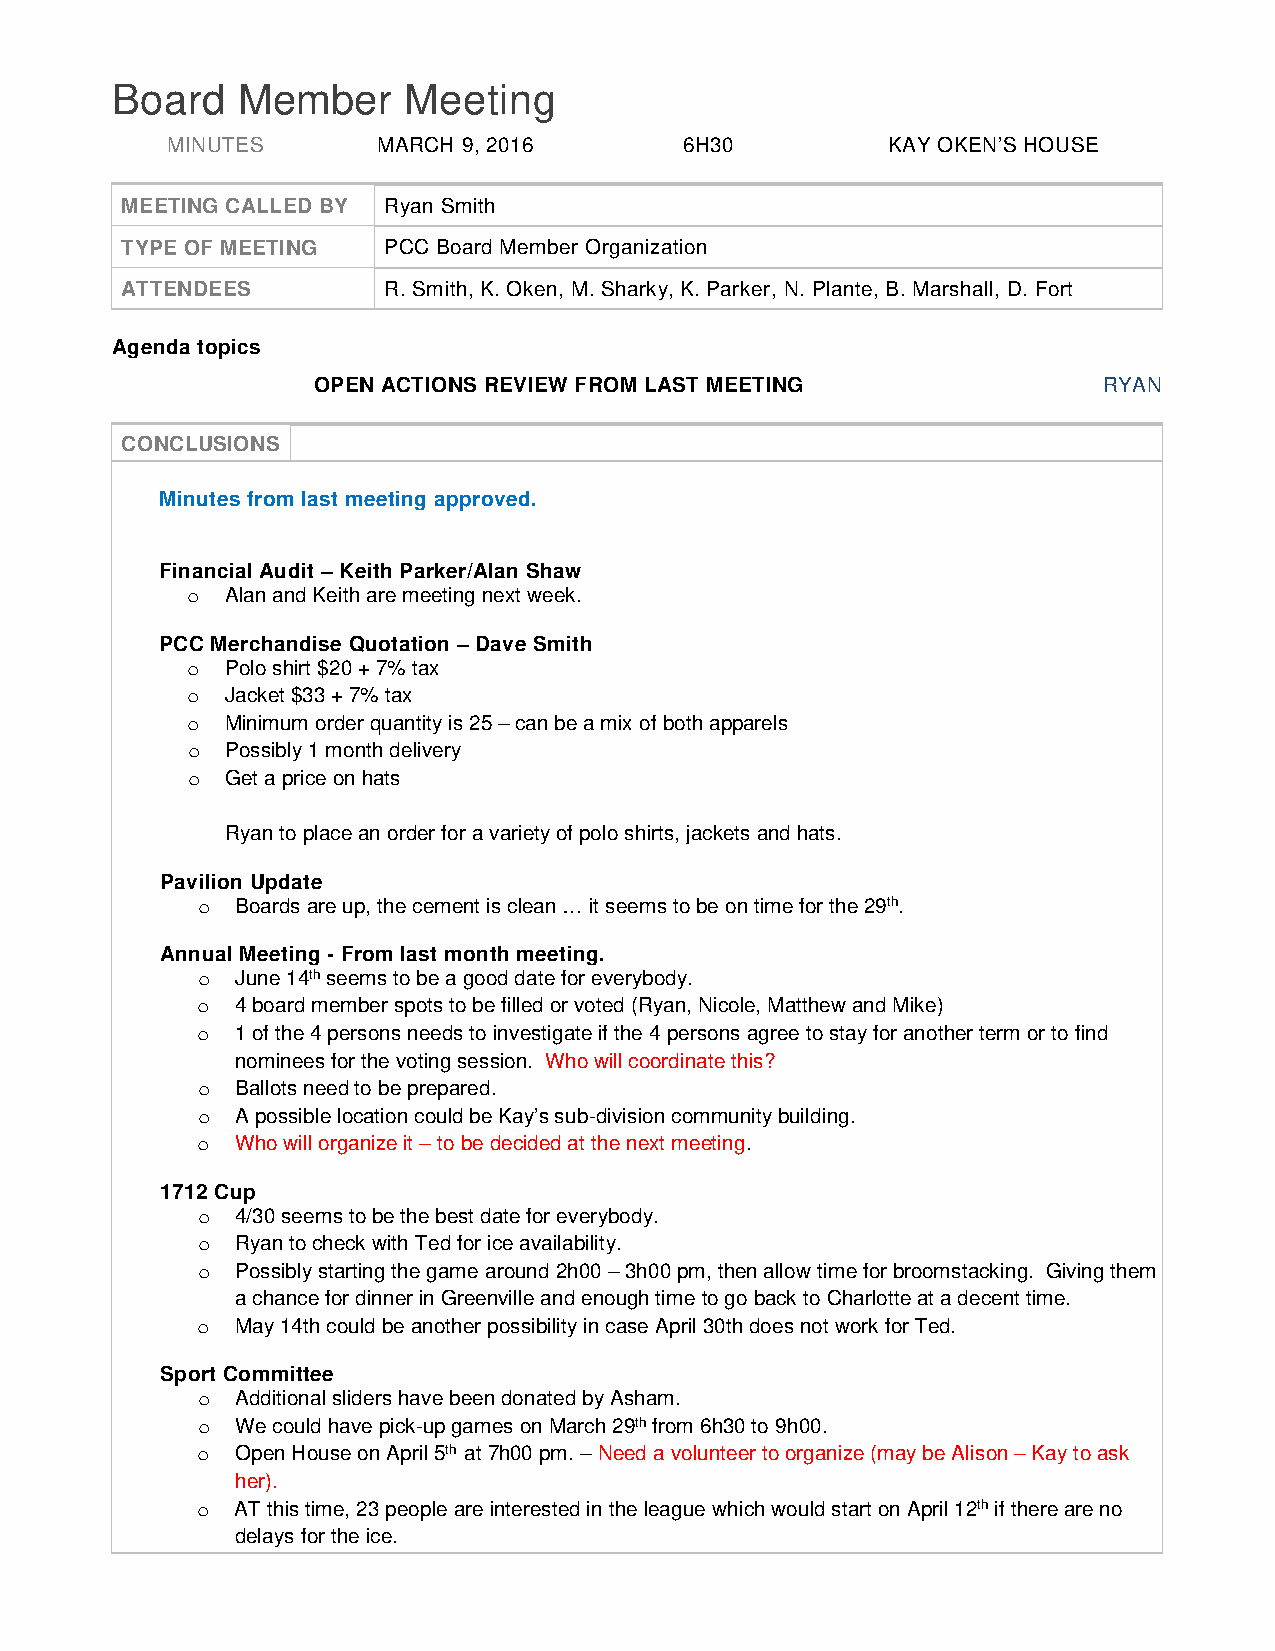
Board    Member     Meeting
 MINUTES       MARCH 9, 2016       6H30          KAY OKEN’S HOUSE
 MEETING CALLED BY Ryan Smith
 TYPE OF MEETING  PCC Board Member Organization
 ATTENDEES        R. Smith, K. Oken, M. Sharky, K. Parker, N. Plante, B. Marshall, D. Fort
 Agenda topics
 OPEN ACTIONS REVIEW FROM LAST MEETING               RYAN
 CONCLUSIONS
 Minutes from last meeting approved.
 Financial Audit – Keith Parker/Alan Shaw
 o  Alan and Keith are meeting next week.
 PCC Merchandise Quotation – Dave Smith
 o  Polo shirt $20 + 7% tax
 o  Jacket $33 + 7% tax
 o  Minimum order quantity is 25 – can be a mix of both apparels
 o  Possibly 1 month delivery
 o  Get a price on hats
 Ryan to place an order for a variety of polo shirts, jackets and hats.
 Pavilion Update
 o  Boards are up, the cement is clean … it seems to be on time for the 29th.
 Annual Meeting - From last month meeting.
 o  June 14th seems to be a good date for everybody.
 o  4 board member spots to be filled or voted (Ryan, Nicole, Matthew and Mike)
 o  1 of the 4 persons needs to investigate if the 4 persons agree to stay for another term or to find
 nominees for the voting session. Who will coordinate this?
 o  Ballots need to be prepared.
 o  A possible location could be Kay’s sub-division community building.
 o  Who will organize it – to be decided at the next meeting.
 1712 Cup
 o  4/30 seems to be the best date for everybody.
 o  Ryan to check with Ted for ice availability.
 o  Possibly starting the game around 2h00 – 3h00 pm, then allow time for broomstacking. Giving them
 a chance for dinner in Greenville and enough time to go back to Charlotte at a decent time.
 o  May 14th could be another possibility in case April 30th does not work for Ted.
 Sport Committee
 o  Additional sliders have been donated by Asham.
 o  We could have pick-up games on March 29th from 6h30 to 9h00.
 o  Open House on April 5th at 7h00 pm. – Need a volunteer to organize (may be Alison – Kay to ask
 her).
 o  AT this time, 23 people are interested in the league which would start on April 12th if there are no
 delays for the ice.